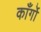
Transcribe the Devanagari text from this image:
काँर्गो